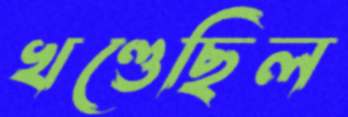
খণ্ডেছিল